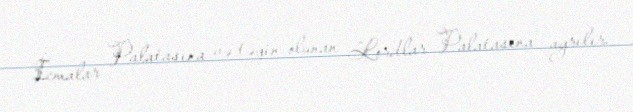
İcmalar Palatasına və təyin olunan Lordlar Palatasına ayrılır.